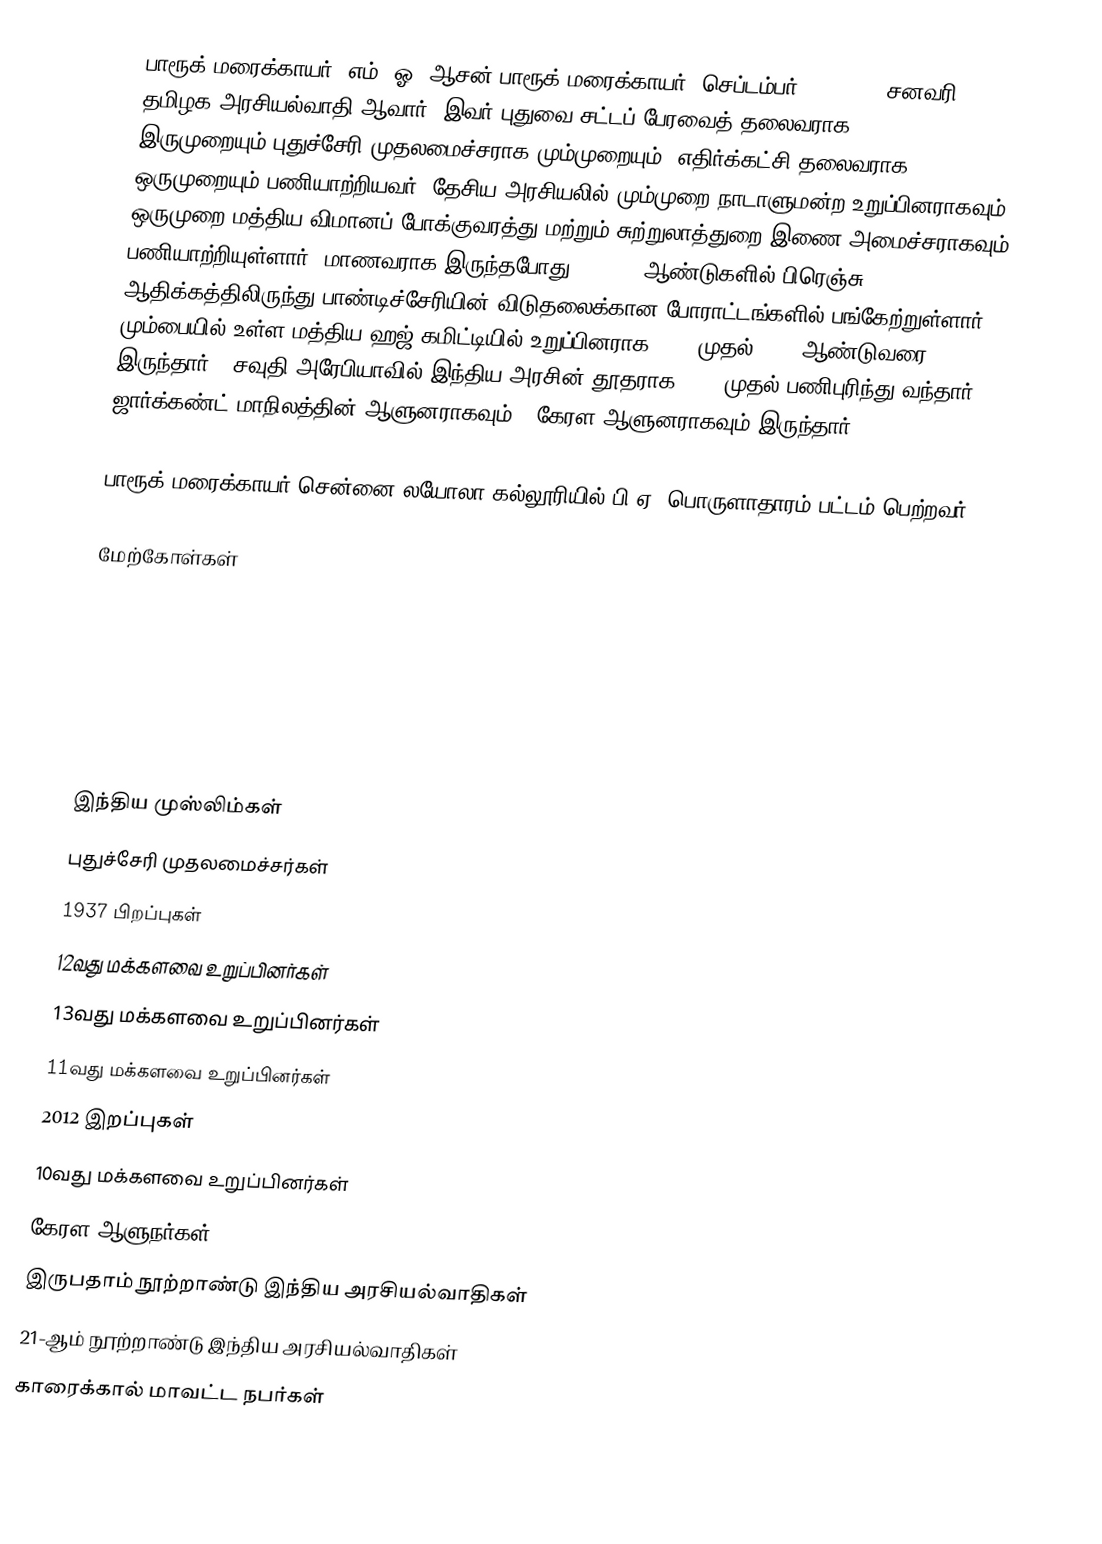
பாரூக் மரைக்காயர் (எம். ஓ. ஆசன் பாரூக் மரைக்காயர், செப்டம்பர் 6, 1937 - சனவரி 26, 2012) தமிழக அரசியல்வாதி ஆவார். இவர் புதுவை சட்டப் பேரவைத் தலைவராக இருமுறையும்,புதுச்சேரி முதலமைச்சராக மும்முறையும், எதிர்க்கட்சி தலைவராக ஒருமுறையும் பணியாற்றியவர். தேசிய அரசியலில் மும்முறை நாடாளுமன்ற உறுப்பினராகவும், ஒருமுறை மத்திய விமானப் போக்குவரத்து மற்றும் சுற்றுலாத்துறை இணை அமைச்சராகவும் பணியாற்றியுள்ளார். மாணவராக இருந்தபோது 1953-54 ஆண்டுகளில் பிரெஞ்சு  ஆதிக்கத்திலிருந்து பாண்டிச்சேரியின் விடுதலைக்கான போராட்டங்களில் பங்கேற்றுள்ளார். மும்பையில் உள்ள மத்திய ஹஜ் கமிட்டியில் உறுப்பினராக 1975 முதல் 2000 ஆண்டுவரை இருந்தார்.. சவுதி அரேபியாவில் இந்திய அரசின் தூதராக 2004 முதல் பணிபுரிந்து வந்தார்..  ஜார்க்கண்ட் மாநிலத்தின் ஆளுனராகவும்  . கேரள ஆளுனராகவும் இருந்தார்.

பாரூக்  மரைக்காயர் சென்னை லயோலா கல்லூரியில் பி.ஏ. பொருளாதாரம் பட்டம் பெற்றவர்.

மேற்கோள்கள்

இந்திய முஸ்லிம்கள்
புதுச்சேரி முதலமைச்சர்கள்
1937 பிறப்புகள்
12வது மக்களவை உறுப்பினர்கள்
13வது மக்களவை உறுப்பினர்கள்
11வது மக்களவை உறுப்பினர்கள்
2012 இறப்புகள்
10வது மக்களவை உறுப்பினர்கள்
கேரள ஆளுநர்கள்
இருபதாம் நூற்றாண்டு இந்திய அரசியல்வாதிகள்
21-ஆம் நூற்றாண்டு இந்திய அரசியல்வாதிகள்
காரைக்கால் மாவட்ட நபர்கள்